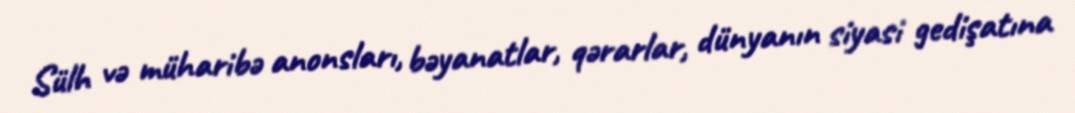
Sülh və müharibə anonsları, bəyanatlar, qərarlar, dünyanın siyasi gedişatına